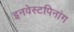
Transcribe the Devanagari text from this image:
इनवेस्टपिनांग